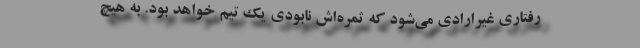
رفتاری غیرارادی می‌شود که ثمره‌اش نابودی یک تیم خواهد بود. به هیچ